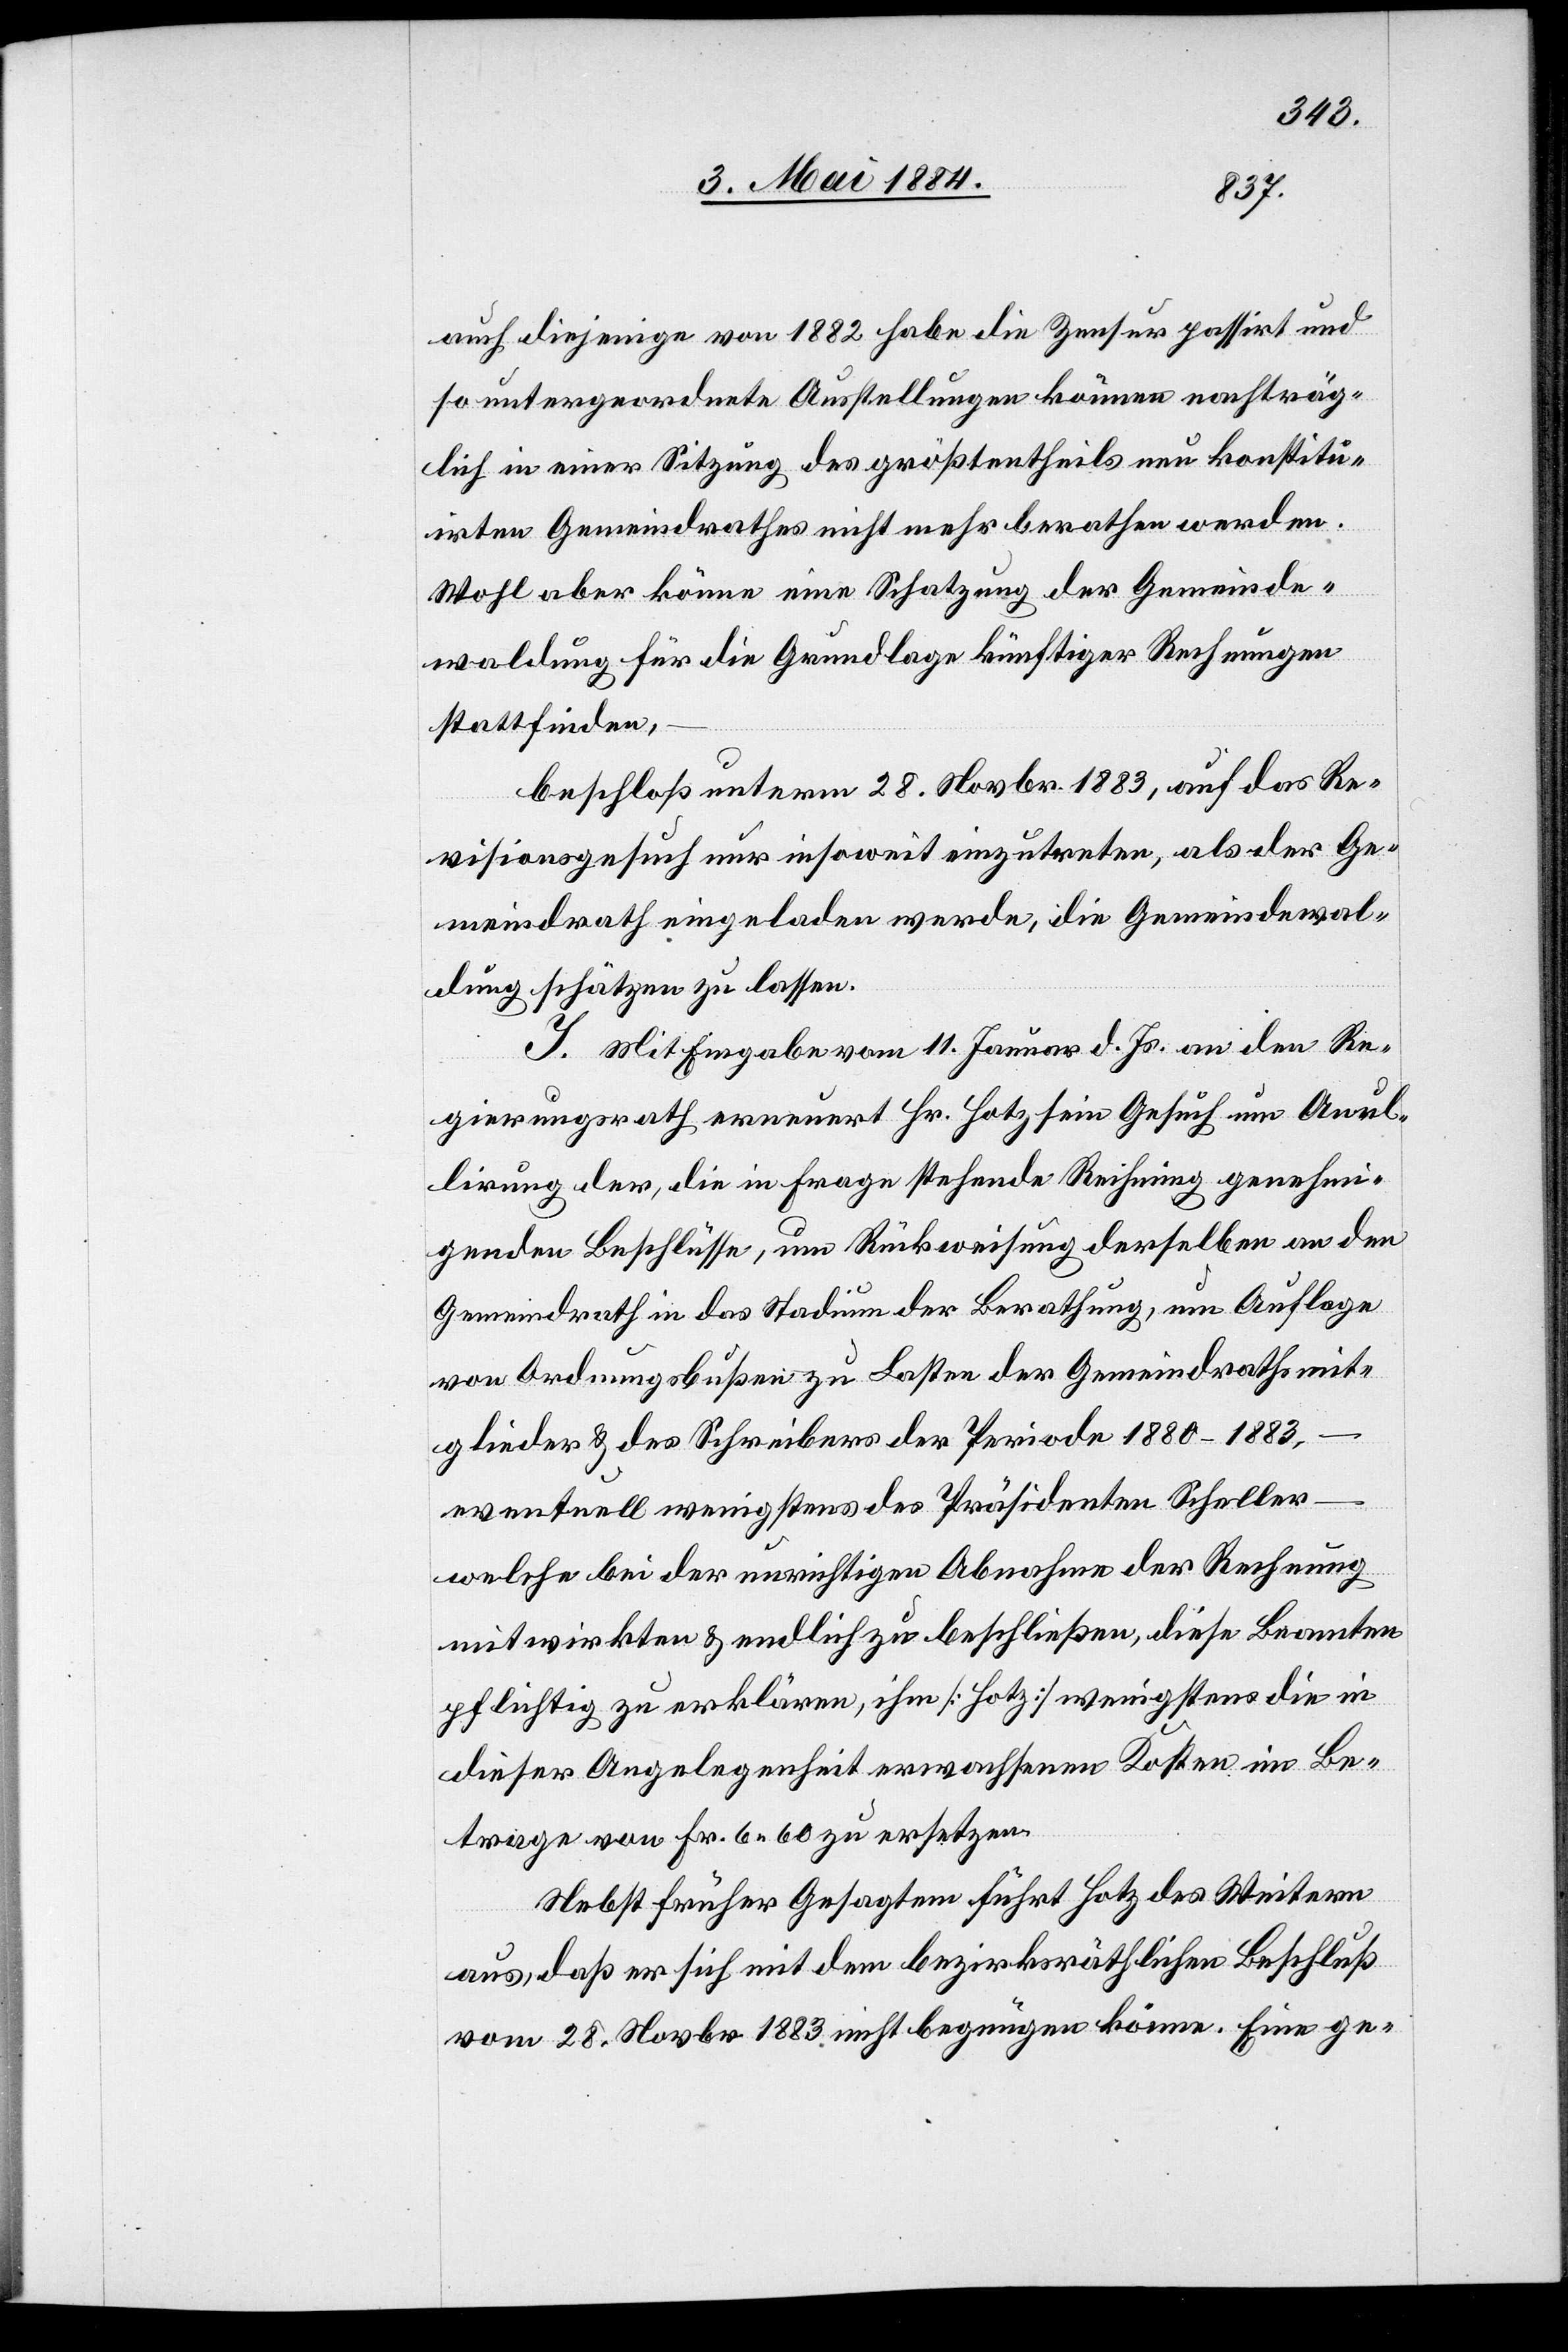
auch diejenige von 1882 habe die Zensur passirt und
so untergeordnete Ausstellungen können nachträg¬
lich in einer Sitzung des größtentheils neu konstitu¬
irten Gemeindrathes nicht mehr berathen werden.
Wohl aber könne eine Schatzung der Gemeinde¬
waldung für die Grundlage künftiger Rechnungen
stattfinden,
beschloß unterm 28. Novbr. 1883, auf das Re¬
visionsgesuch nur insoweit einzutreten, als der Ge¬
meindrath eingeladen werde, die Gemeindwal¬
dung schätzen zu lassen.
I. Mit Eingabe vom 11. Januar d. Js. an den Re¬
gierungsrath erneuert Hr. Hotz sein Gesuch um Anul¬
irung der, die in Frage stehende Rechnung genehmi¬
genden Beschlüsse, um Rückweisung derselben an den
Gemeindrath in das Stadium der Berathung, um Auflage
von Ordnungsbußen zu Lasten der Gemeindrathsmit¬
glieder & des Schreibers der Periode 1880–1883,
eventuell wenigstens des Präsidenten Scheller
welche bei der unrichtigen Abnahme der Rechnung
mitwirkten & endlich zu beschließen, diese Beamten
pflichtig zu erklären, ihm [Hotz] wenigstens die in
dieser Angelegenheit erwachsenen Kosten im Be¬
trage von Fr. 6 60 zu ersetzen.
Nebst früher Gesagtem führt Hotz des Weitern
aus, daß er sich mit dem bezirksräthlichen Beschluß
vom 28. Novbr. 1883 nicht begnügen könne. Eine ge-